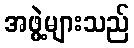
အဖွဲ့များသည်